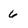
Character: 6